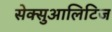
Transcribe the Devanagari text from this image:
सेक्सुआलिटिज